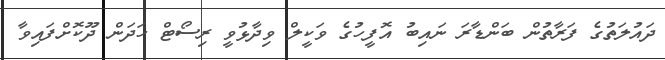
ދައުލަތުގެ ފަރާތުން ބަންޑާރަ ނައިބު އޮފީހުގެ ވަކީލް ވިދާޅުވީ ރިސޯޓް ހަދަން ދޫކޮށްފައިވާ